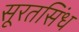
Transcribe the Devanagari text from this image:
सूरतसिंध